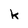
Character: k